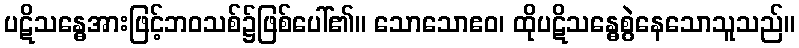
ပဋိသန္ဓေအားဖြင့်ဘဝသစ်၌ဖြစ်ပေါ်၏။ သောသောဧဝ၊ ထိုပဋိသန္ဓေစွဲနေသောသူသည်။